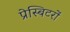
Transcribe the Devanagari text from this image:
प्रेस्बिटरों